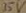
Text: 35V